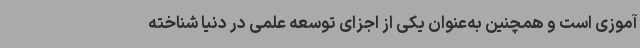
‌آموزی است و همچنین به‌عنوان یکی از اجزای توسعه علمی در دنیا شناخته